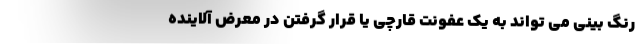
رنگ بینی می تواند به یک عفونت قارچی یا قرار گرفتن در معرض آلاینده